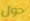
حول